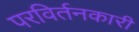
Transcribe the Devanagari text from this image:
परविर्तनकारी